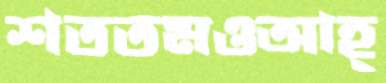
শততমওআহ্